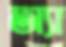
অ্যা